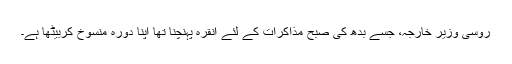
روسی وزیر خارجہ، جسے بدھ کی صبح مذاکرات کے لئے انقرہ پہنچنا تھا اپنا دورہ منسوخ کربیٹھا ہے۔